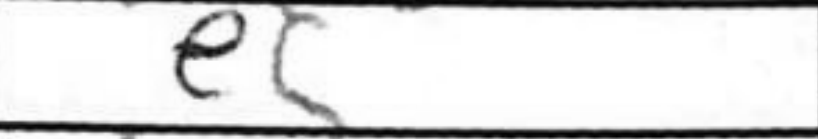
Transcription: e5